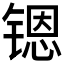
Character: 𮸚